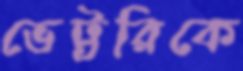
ভেট্টরিকে